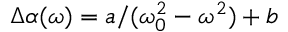
\Delta \alpha ( \omega ) = a / ( \omega _ { 0 } ^ { 2 } - \omega ^ { 2 } ) + b